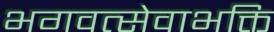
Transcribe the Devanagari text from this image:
भगवत्सेवाभक्ति